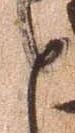
返